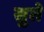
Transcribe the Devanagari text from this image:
सुते